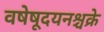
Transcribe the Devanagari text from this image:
वषेषूदयनश्चक्रे